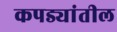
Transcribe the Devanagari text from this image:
कपड्यांतील